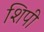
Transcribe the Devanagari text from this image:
शिपी